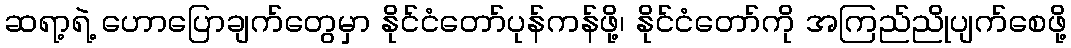
ဆရာ့ရဲ့ ဟောပြောချက်တွေမှာ နိုင်ငံတော်ပုန်ကန်ဖို့၊ နိုင်ငံတော်ကို အကြည်ညိုပျက်စေဖို့